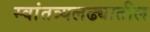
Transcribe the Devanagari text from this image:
स्वांतत्र्यलढ्यातील